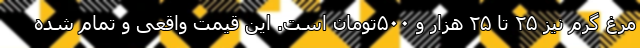
مرغ گرم نیز ۲۵ تا ۲۵ هزار و ۵۰۰تومان است. این قیمت واقعی و تمام شده